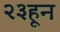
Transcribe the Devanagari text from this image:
२३हून